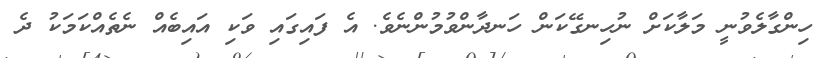
ހިންގާލެވުނީ މަލާކަށް ނުހިނގޭކަން ހަނދާންވުމުންނެވެ. އެ ފައިގައި ވަކި އައިބެއް ނެތެއްކަމަކު ދެ